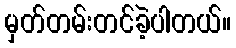
မှတ်တမ်းတင်ခဲ့ပါတယ်။